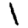
Digit: 1